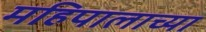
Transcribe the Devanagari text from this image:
महिपालाच्या